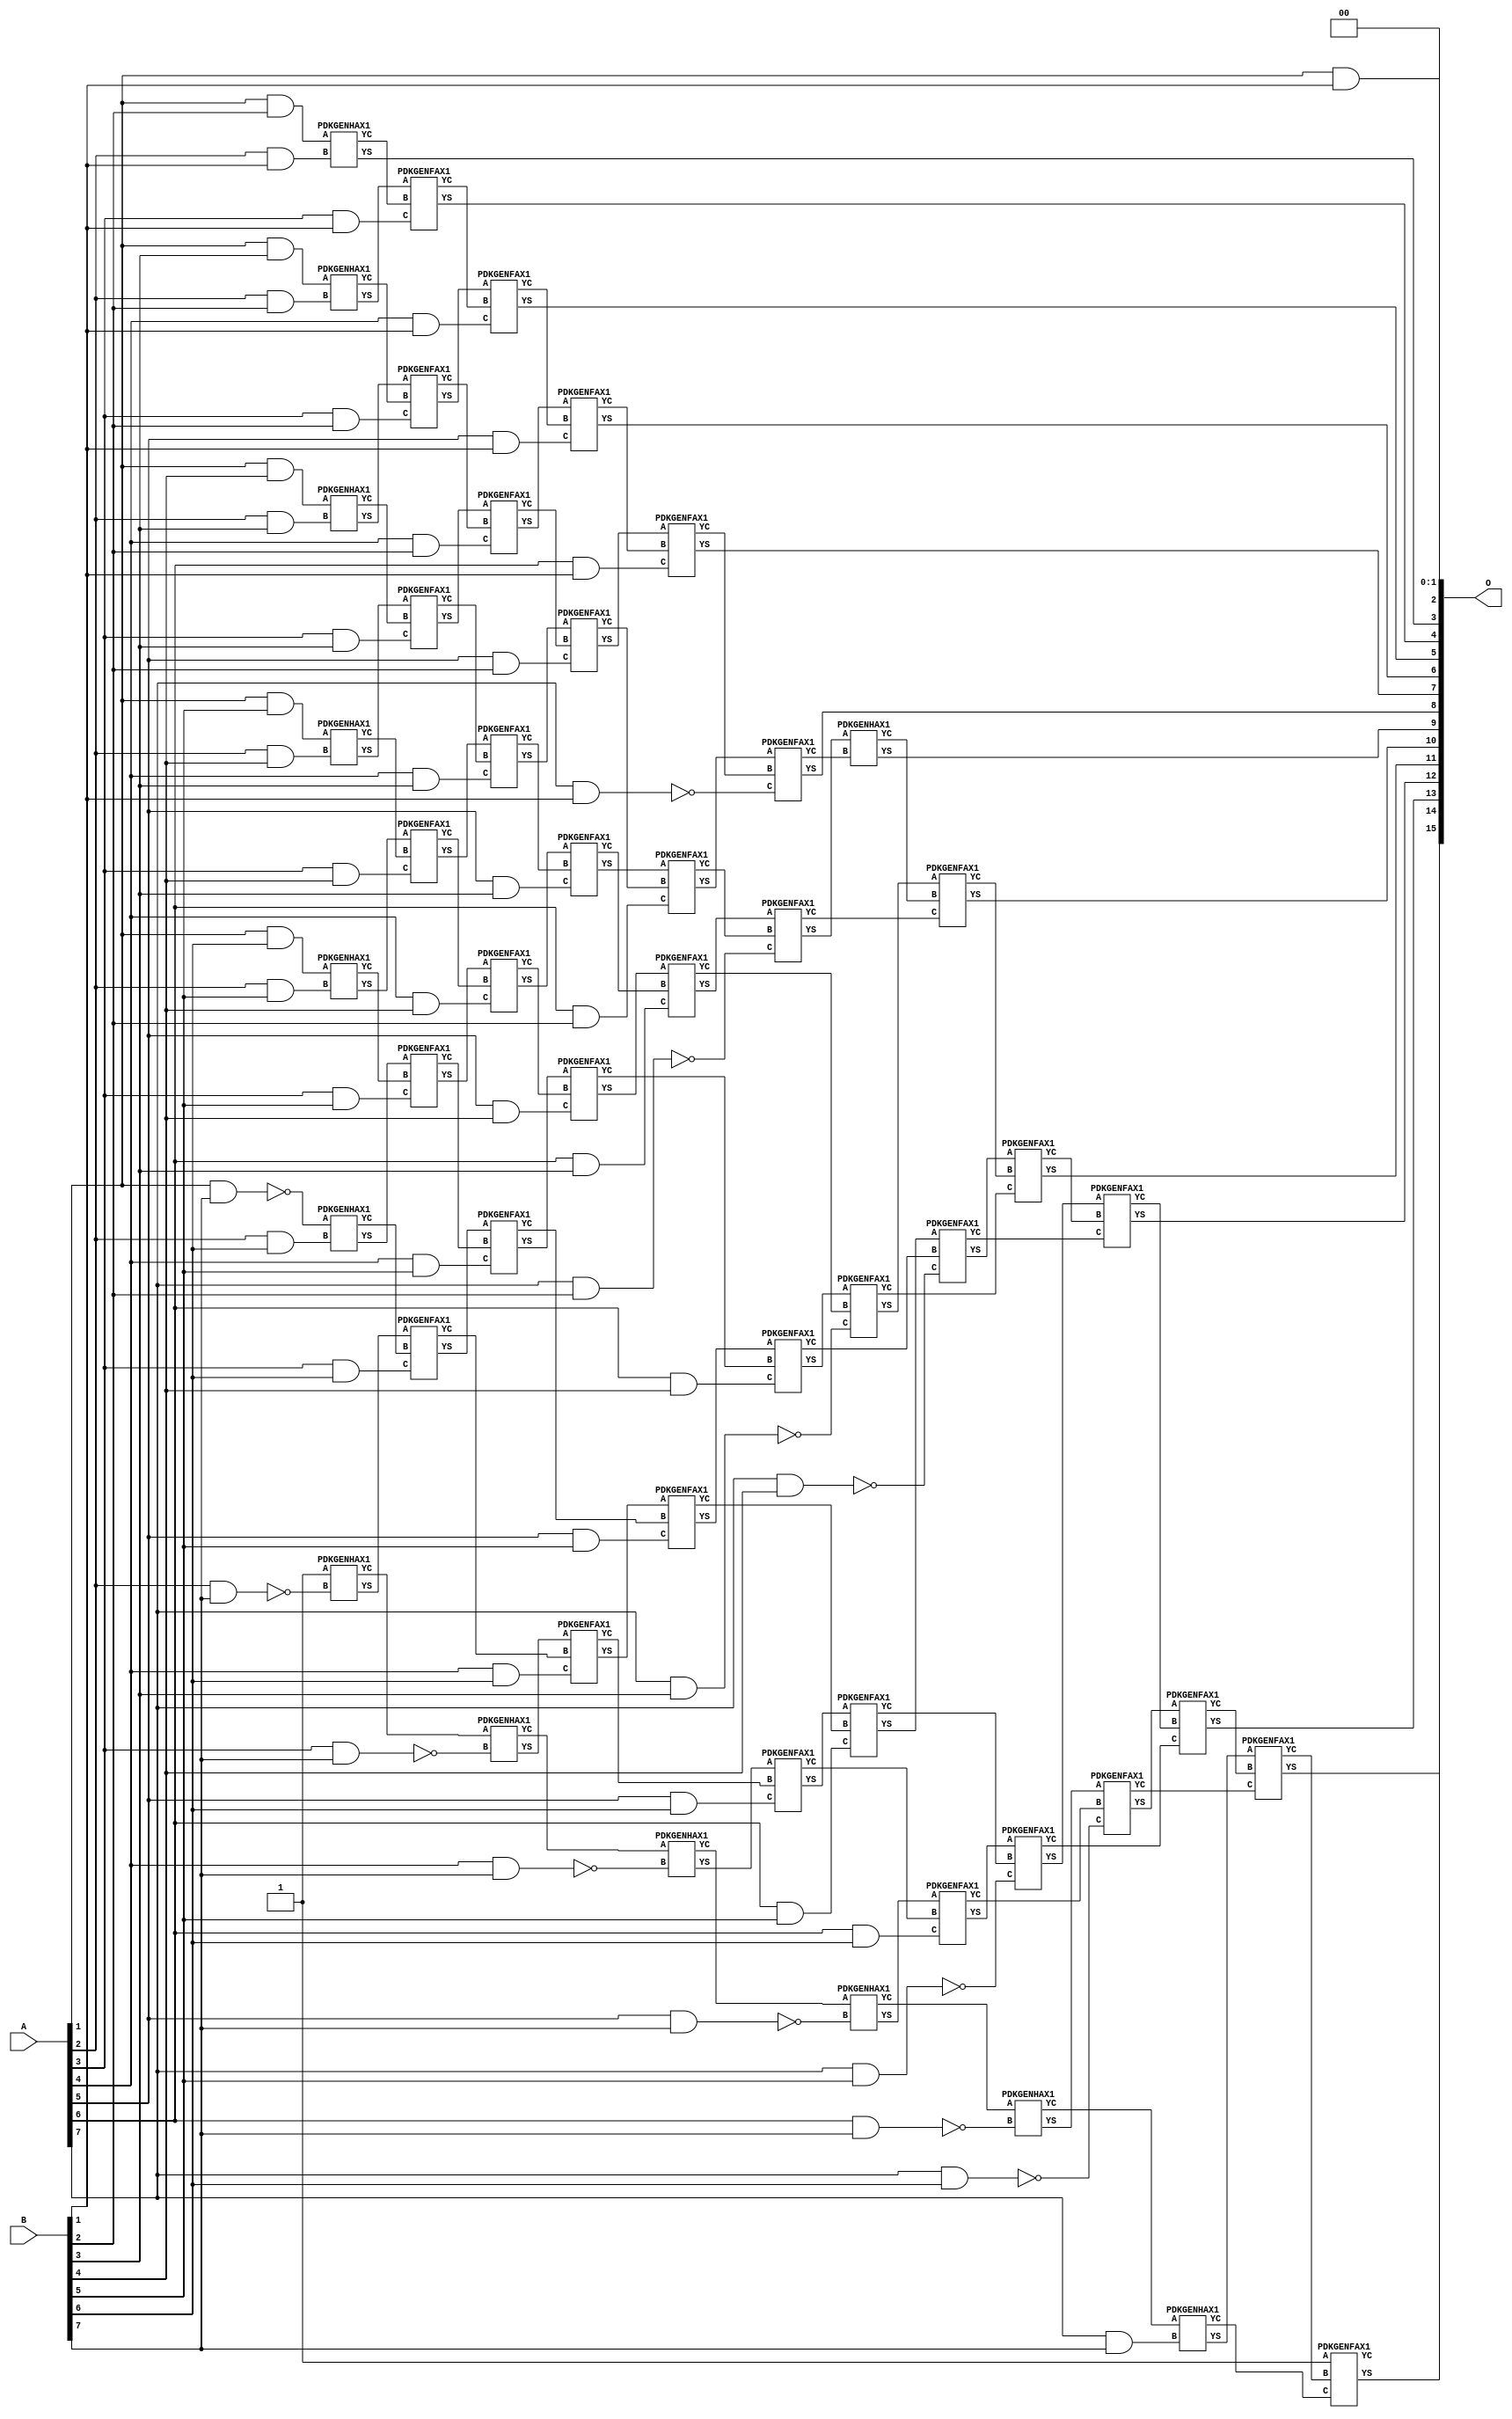
/***
* This code is a part of EvoApproxLib library (ehw.fit.vutbr.cz/approxlib) distributed under The MIT License.
* When used, please cite the following article(s): V. Mrazek, Z. Vasicek, L. Sekanina, H. Jiang and J. Han, "Scalable Construction of Approximate Multipliers With Formally Guaranteed Worst Case Error" in IEEE Transactions on Very Large Scale Integration (VLSI) Systems, vol. 26, no. 11, pp. 2572-2576, Nov. 2018. doi: 10.1109/TVLSI.2018.2856362 
* This file contains a circuit from a sub-set of pareto optimal circuits with respect to the pwr and wce parameters
***/
// MAE% = 0.081 %
// MAE = 53 
// WCE% = 0.39 %
// WCE = 255 
// WCRE% = 300.00 %
// EP% = 74.61 %
// MRE% = 4.41 %
// MSE = 5462 
// PDK45_PWR = 0.301 mW
// PDK45_AREA = 558.9 um2
// PDK45_DELAY = 1.36 ns


module mul8s_1L2H ( A, B, O );
  input [7:0] A;
  input [7:0] B;
  output [15:0] O;

  wire C_2_1,C_2_2,C_2_3,C_2_4,C_2_5,C_2_6,C_2_7,C_3_1,C_3_2,C_3_3,C_3_4,C_3_5,C_3_6,C_3_7,C_4_1,C_4_2,C_4_3,C_4_4,C_4_5,C_4_6,C_4_7,C_5_1,C_5_2,C_5_3,C_5_4,C_5_5,C_5_6,C_5_7,C_6_1,C_6_2,C_6_3,C_6_4,C_6_5,C_6_6,C_6_7,C_7_1,C_7_2,C_7_3,C_7_4,C_7_5,C_7_6,C_7_7,C_8_1,C_8_2,C_8_3,C_8_4,C_8_5,C_8_6,C_8_7,S_1_1,S_1_2,S_1_3,S_1_4,S_1_5,S_1_6,S_1_7,S_2_0,S_2_1,S_2_2,S_2_3,S_2_4,S_2_5,S_2_6,S_2_7,S_3_0,S_3_1,S_3_2,S_3_3,S_3_4,S_3_5,S_3_6,S_3_7,S_4_0,S_4_1,S_4_2,S_4_3,S_4_4,S_4_5,S_4_6,S_4_7,S_5_0,S_5_1,S_5_2,S_5_3,S_5_4,S_5_5,S_5_6,S_5_7,S_6_0,S_6_1,S_6_2,S_6_3,S_6_4,S_6_5,S_6_6,S_6_7,S_7_0,S_7_1,S_7_2,S_7_3,S_7_4,S_7_5,S_7_6,S_7_7,S_8_0,S_8_1,S_8_2,S_8_3,S_8_4,S_8_5,S_8_6,S_8_7;

  assign S_1_1 = (A[1] & B[1]);
  assign S_1_2 = (A[1] & B[2]);
  assign S_1_3 = (A[1] & B[3]);
  assign S_1_4 = (A[1] & B[4]);
  assign S_1_5 = (A[1] & B[5]);
  assign S_1_6 = (A[1] & B[6]);
  assign S_1_7 = ~(A[1] & B[7]);
  assign S_2_0 = S_1_1;
  PDKGENHAX1 U162 (.A(S_1_2), .B((A[2] & B[1])), .YS(S_2_1), .YC(C_2_1));
  PDKGENHAX1 U163 (.A(S_1_3), .B((A[2] & B[2])), .YS(S_2_2), .YC(C_2_2));
  PDKGENHAX1 U164 (.A(S_1_4), .B((A[2] & B[3])), .YS(S_2_3), .YC(C_2_3));
  PDKGENHAX1 U165 (.A(S_1_5), .B((A[2] & B[4])), .YS(S_2_4), .YC(C_2_4));
  PDKGENHAX1 U166 (.A(S_1_6), .B((A[2] & B[5])), .YS(S_2_5), .YC(C_2_5));
  PDKGENHAX1 U167 (.A(S_1_7), .B((A[2] & B[6])), .YS(S_2_6), .YC(C_2_6));
  PDKGENHAX1 U168 (.A(1'b1), .B(~(A[2] & B[7])), .YS(S_2_7), .YC(C_2_7));
  assign S_3_0 = S_2_1;
  PDKGENFAX1 U170 (.A(S_2_2), .B(C_2_1), .C((A[3] & B[1])), .YS(S_3_1), .YC(C_3_1));
  PDKGENFAX1 U171 (.A(S_2_3), .B(C_2_2), .C((A[3] & B[2])), .YS(S_3_2), .YC(C_3_2));
  PDKGENFAX1 U172 (.A(S_2_4), .B(C_2_3), .C((A[3] & B[3])), .YS(S_3_3), .YC(C_3_3));
  PDKGENFAX1 U173 (.A(S_2_5), .B(C_2_4), .C((A[3] & B[4])), .YS(S_3_4), .YC(C_3_4));
  PDKGENFAX1 U174 (.A(S_2_6), .B(C_2_5), .C((A[3] & B[5])), .YS(S_3_5), .YC(C_3_5));
  PDKGENFAX1 U175 (.A(S_2_7), .B(C_2_6), .C((A[3] & B[6])), .YS(S_3_6), .YC(C_3_6));
  PDKGENHAX1 U176 (.A(C_2_7), .B(~(A[3] & B[7])), .YS(S_3_7), .YC(C_3_7));
  assign S_4_0 = S_3_1;
  PDKGENFAX1 U178 (.A(S_3_2), .B(C_3_1), .C((A[4] & B[1])), .YS(S_4_1), .YC(C_4_1));
  PDKGENFAX1 U179 (.A(S_3_3), .B(C_3_2), .C((A[4] & B[2])), .YS(S_4_2), .YC(C_4_2));
  PDKGENFAX1 U180 (.A(S_3_4), .B(C_3_3), .C((A[4] & B[3])), .YS(S_4_3), .YC(C_4_3));
  PDKGENFAX1 U181 (.A(S_3_5), .B(C_3_4), .C((A[4] & B[4])), .YS(S_4_4), .YC(C_4_4));
  PDKGENFAX1 U182 (.A(S_3_6), .B(C_3_5), .C((A[4] & B[5])), .YS(S_4_5), .YC(C_4_5));
  PDKGENFAX1 U183 (.A(S_3_7), .B(C_3_6), .C((A[4] & B[6])), .YS(S_4_6), .YC(C_4_6));
  PDKGENHAX1 U184 (.A(C_3_7), .B(~(A[4] & B[7])), .YS(S_4_7), .YC(C_4_7));
  assign S_5_0 = S_4_1;
  PDKGENFAX1 U186 (.A(S_4_2), .B(C_4_1), .C((A[5] & B[1])), .YS(S_5_1), .YC(C_5_1));
  PDKGENFAX1 U187 (.A(S_4_3), .B(C_4_2), .C((A[5] & B[2])), .YS(S_5_2), .YC(C_5_2));
  PDKGENFAX1 U188 (.A(S_4_4), .B(C_4_3), .C((A[5] & B[3])), .YS(S_5_3), .YC(C_5_3));
  PDKGENFAX1 U189 (.A(S_4_5), .B(C_4_4), .C((A[5] & B[4])), .YS(S_5_4), .YC(C_5_4));
  PDKGENFAX1 U190 (.A(S_4_6), .B(C_4_5), .C((A[5] & B[5])), .YS(S_5_5), .YC(C_5_5));
  PDKGENFAX1 U191 (.A(S_4_7), .B(C_4_6), .C((A[5] & B[6])), .YS(S_5_6), .YC(C_5_6));
  PDKGENHAX1 U192 (.A(C_4_7), .B(~(A[5] & B[7])), .YS(S_5_7), .YC(C_5_7));
  assign S_6_0 = S_5_1;
  PDKGENFAX1 U194 (.A(S_5_2), .B(C_5_1), .C((A[6] & B[1])), .YS(S_6_1), .YC(C_6_1));
  PDKGENFAX1 U195 (.A(S_5_3), .B(C_5_2), .C((A[6] & B[2])), .YS(S_6_2), .YC(C_6_2));
  PDKGENFAX1 U196 (.A(S_5_4), .B(C_5_3), .C((A[6] & B[3])), .YS(S_6_3), .YC(C_6_3));
  PDKGENFAX1 U197 (.A(S_5_5), .B(C_5_4), .C((A[6] & B[4])), .YS(S_6_4), .YC(C_6_4));
  PDKGENFAX1 U198 (.A(S_5_6), .B(C_5_5), .C((A[6] & B[5])), .YS(S_6_5), .YC(C_6_5));
  PDKGENFAX1 U199 (.A(S_5_7), .B(C_5_6), .C((A[6] & B[6])), .YS(S_6_6), .YC(C_6_6));
  PDKGENHAX1 U200 (.A(C_5_7), .B(~(A[6] & B[7])), .YS(S_6_7), .YC(C_6_7));
  assign S_7_0 = S_6_1;
  PDKGENFAX1 U202 (.A(S_6_2), .B(C_6_1), .C(~(A[7] & B[1])), .YS(S_7_1), .YC(C_7_1));
  PDKGENFAX1 U203 (.A(S_6_3), .B(C_6_2), .C(~(A[7] & B[2])), .YS(S_7_2), .YC(C_7_2));
  PDKGENFAX1 U204 (.A(S_6_4), .B(C_6_3), .C(~(A[7] & B[3])), .YS(S_7_3), .YC(C_7_3));
  PDKGENFAX1 U205 (.A(S_6_5), .B(C_6_4), .C(~(A[7] & B[4])), .YS(S_7_4), .YC(C_7_4));
  PDKGENFAX1 U206 (.A(S_6_6), .B(C_6_5), .C(~(A[7] & B[5])), .YS(S_7_5), .YC(C_7_5));
  PDKGENFAX1 U207 (.A(S_6_7), .B(C_6_6), .C(~(A[7] & B[6])), .YS(S_7_6), .YC(C_7_6));
  PDKGENHAX1 U208 (.A(C_6_7), .B((A[7] & B[7])), .YS(S_7_7), .YC(C_7_7));
  assign S_8_0 = S_7_1;
  PDKGENHAX1 U210 (.A(S_7_2), .B(C_7_1), .YS(S_8_1), .YC(C_8_1));
  PDKGENFAX1 U211 (.A(S_7_3), .B(C_8_1), .C(C_7_2), .YS(S_8_2), .YC(C_8_2));
  PDKGENFAX1 U212 (.A(S_7_4), .B(C_8_2), .C(C_7_3), .YS(S_8_3), .YC(C_8_3));
  PDKGENFAX1 U213 (.A(S_7_5), .B(C_8_3), .C(C_7_4), .YS(S_8_4), .YC(C_8_4));
  PDKGENFAX1 U214 (.A(S_7_6), .B(C_8_4), .C(C_7_5), .YS(S_8_5), .YC(C_8_5));
  PDKGENFAX1 U215 (.A(S_7_7), .B(C_8_5), .C(C_7_6), .YS(S_8_6), .YC(C_8_6));
  PDKGENFAX1 U216 (.A(1'b1), .B(C_8_6), .C(C_7_7), .YS(S_8_7), .YC(C_8_7));
  assign O = {S_8_7,S_8_6,S_8_5,S_8_4,S_8_3,S_8_2,S_8_1,S_8_0,S_7_0,S_6_0,S_5_0,S_4_0,S_3_0,S_2_0,1'b0,1'b0};

endmodule

/* mod */
module PDKGENHAX1( input A, input B, output YS, output YC );
    assign YS = A ^ B;
    assign YC = A & B;
endmodule
/* mod */
module PDKGENFAX1( input A, input B, input C, output YS, output YC );
    assign YS = (A ^ B) ^ C;
    assign YC = (A & B) | (B & C) | (A & C);
endmodule